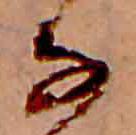
な